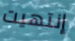
إنتهيت